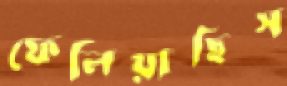
ফেলিয়াছিস